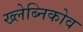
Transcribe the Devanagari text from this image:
ख्लेब्निकोव